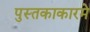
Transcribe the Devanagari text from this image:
पुस्तकाकारमे